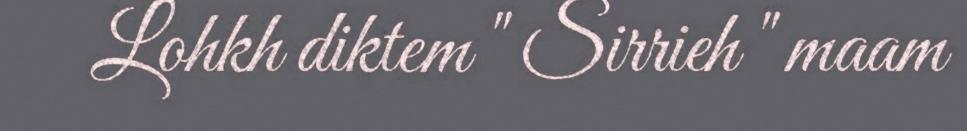
Lohkh diktem " Sirrieh " maam